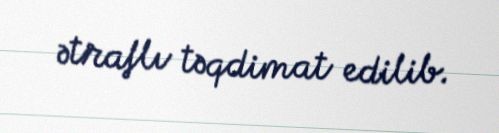
ətraflı təqdimat edilib.